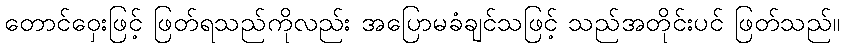
တောင်ဝှေးဖြင့် ဖြတ်ရသည်ကိုလည်း အပြောမခံချင်သဖြင့် သည်အတိုင်းပင် ဖြတ်သည်။